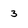
Character: 3